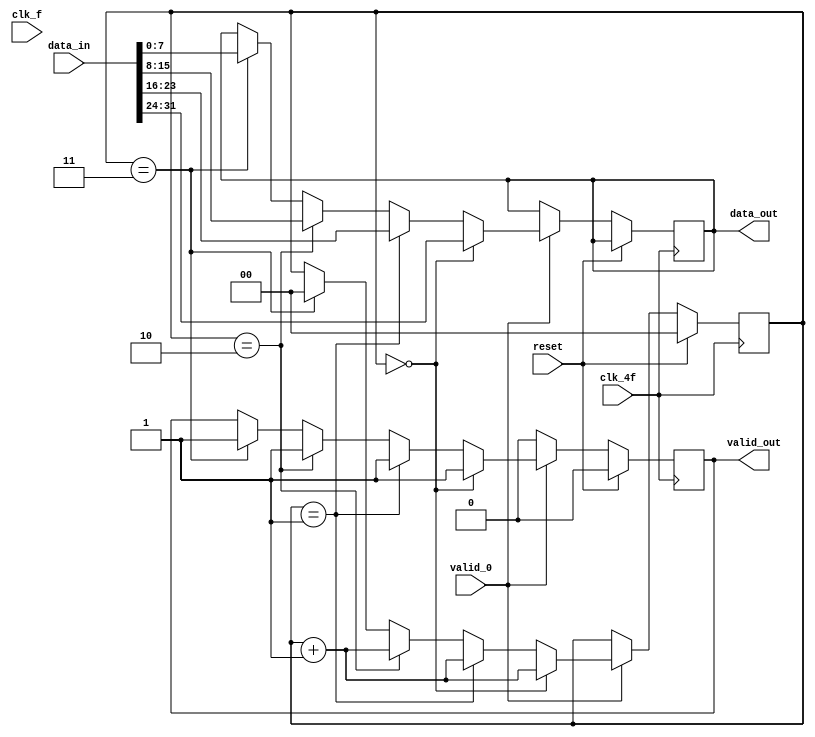
module paso32bto8b(
    input clk_f, clk_4f, reset,

    input [31:0] data_in,
    input valid_0,
    output reg valid_out,
    output reg [7:0] data_out);

    reg [7:0] valorTrans;
    reg  validTemp;
    reg  [1:0] indice;


    always @(posedge clk_4f)begin

        if(reset ==1)begin
            indice<=0;
            valid_out <= 0;
            validTemp <= 0;

        end
        else begin
            if (valid_0 == 1) begin
                if (indice ==0) begin
                    data_out <= data_in[31:24];
                    valid_out <= 1;
                    indice <= indice + 1;
                end
                else if (indice ==1) begin
                    data_out <= data_in[23:16];
                    indice <= indice + 1;
                    valid_out <= 1;
                end
                else if (indice ==2) begin
                    data_out <= data_in[15:8];
                    indice <= indice + 1;
                    valid_out <= 1;
                end
                else if (indice ==3) begin
                    data_out <= data_in[7:0];
                    valid_out <= 1;
                    indice <= 0; //reinicia el contador de posiciones
                end
            end
            else begin
                valid_out <= 0;
            end
        end
    end
endmodule